Scottish Leaving Certificate Examination, 1959
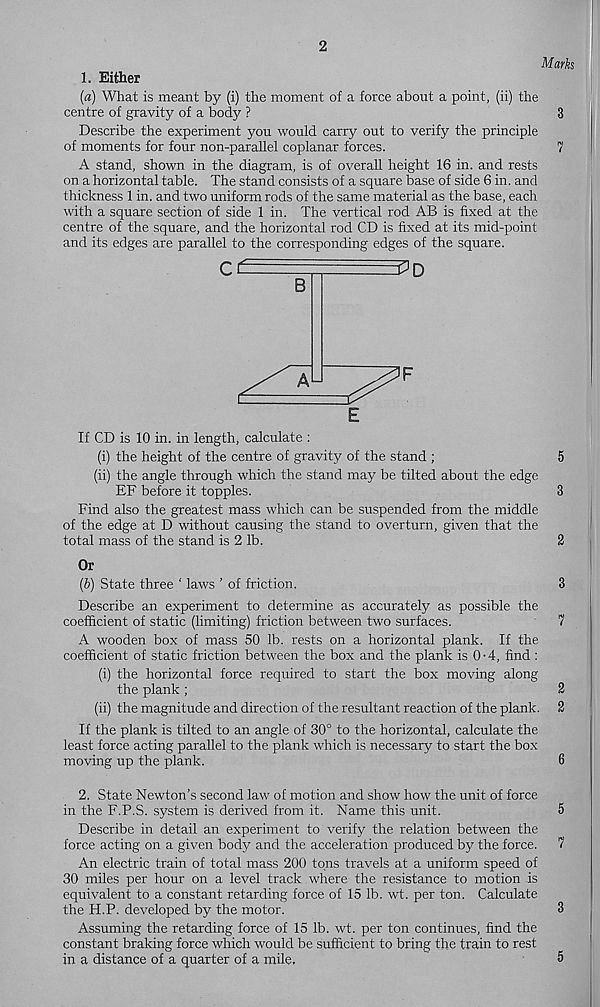
1. Either
(a) What is meant by (i) the moment of a force about a point, (ii) the
centre of gravity of a body ?
Describe the experiment you would carry out to verify the principle
of moments for four non-parallel coplanar forces.
A stand, shown in the diagram, is of overall height 16 in. and rests
on a horizontal table. The stand consists of a square base of side 6 in. and
thickness 1 in. and two uniform rods of the same material as the base, each
with a square section of side 1 in. The vertical rod AB is fixed at the
centre of the square, and the horizontal rod CD is fixed at its mid-point
and its edges are parallel to the corresponding edges of the square.
If CD is 10 in. in length, calculate :
(i) the height of the centre of gravity of the stand ;
(ii) the angle through which the stand may be tilted about the edge
EF before it topples.
Find also the greatest mass which can be suspended from the middle
of the edge at D without causing the stand to overturn, given that the
total mass of the stand is 2 lb.
Or
(b) State three ‘ laws ’ of friction.
Describe an experiment to determine as accurately as possible the
coefficient of static (limiting) friction between two surfaces.
A wooden box of mass 50 lb. rests on a horizontal plank. If the
coefficient of static friction between the box and the plank is 0-4, find :
(i) the horizontal force required to start the box moving along
the plank ;
(ii) the magnitude and direction of the resultant reaction of the plank.
If the plank is tilted to an angle of 30° to the horizontal, calculate the
least force acting parallel to the plank which is necessary to start the box
moving up the plank.
2. State Newton’s second law of motion and show how the unit of force
in the F.P.S. system is derived from it. Name this unit.
Describe in detail an experiment to verify the relation between the
force acting on a given body and the acceleration produced by the force.
An electric train of total mass 200 tons travels at a uniform speed of
30 miles per hour on a level track where the resistance to motion is
equivalent to a constant retarding force of 15 lb. wt. per ton. Calculate
the H.P. developed by the motor.
Assuming the retarding force of 15 lb. wt. per ton continues, find the
constant braking force which would be sufficient to bring the train to rest
in a distance of a quarter of a mile.